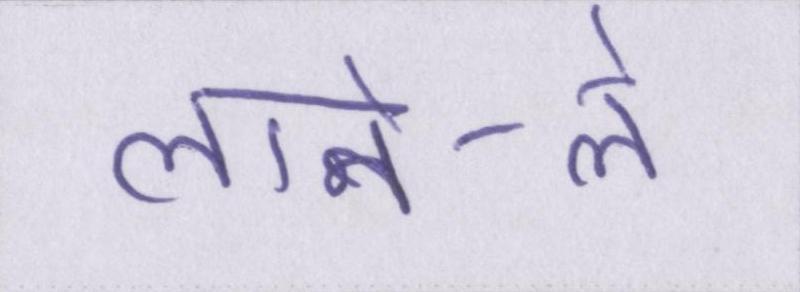
लाने-ले